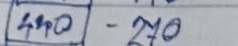
440 - 170